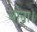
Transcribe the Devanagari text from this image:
धोना।